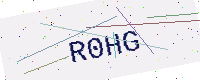
Text: R0HG